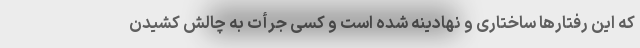
که این رفتارها ساختاری و نهادینه شده است و کسی جرأت به چالش کشیدن